Report on vaccination in Madras 1904-1921 - 1904-1921
Year: 1904
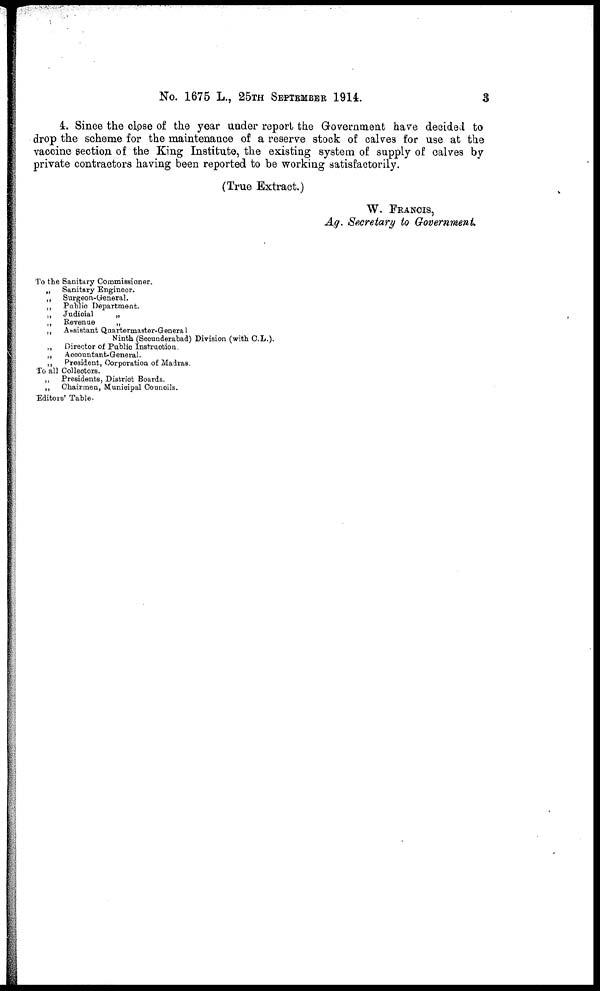
No. 1675 L., 25TH SEPTEMBER 1914.
3
4. Since the close of the year under report the Government have decided to
drop the scheme for the maintenance of a reserve stock of calves for use at the
vaccine section of the King Institute, the existing system of supply of calves by
private contractors having been reported to be working satisfactorily.
(True Extract.)
W. FRANCIS,
Ag. Secretary to Government.
To the Sanitary Commissioner.
„
Sanitary Engineer.
„
Surgeon-General.
„
Public Department.
„ Judicial
„
„
Revenue
„
„
Assistant Quartermaster-General
Ninth (Secunderabad) Division (with C.L.).
„
Director of Public Instruction.
„
Accountant-General.
„
President, Corporation of Madras.
To all Collectors.
„
Presidents, District Boards.
„
Chairmen, Municipal Councils.
Editors' Table.